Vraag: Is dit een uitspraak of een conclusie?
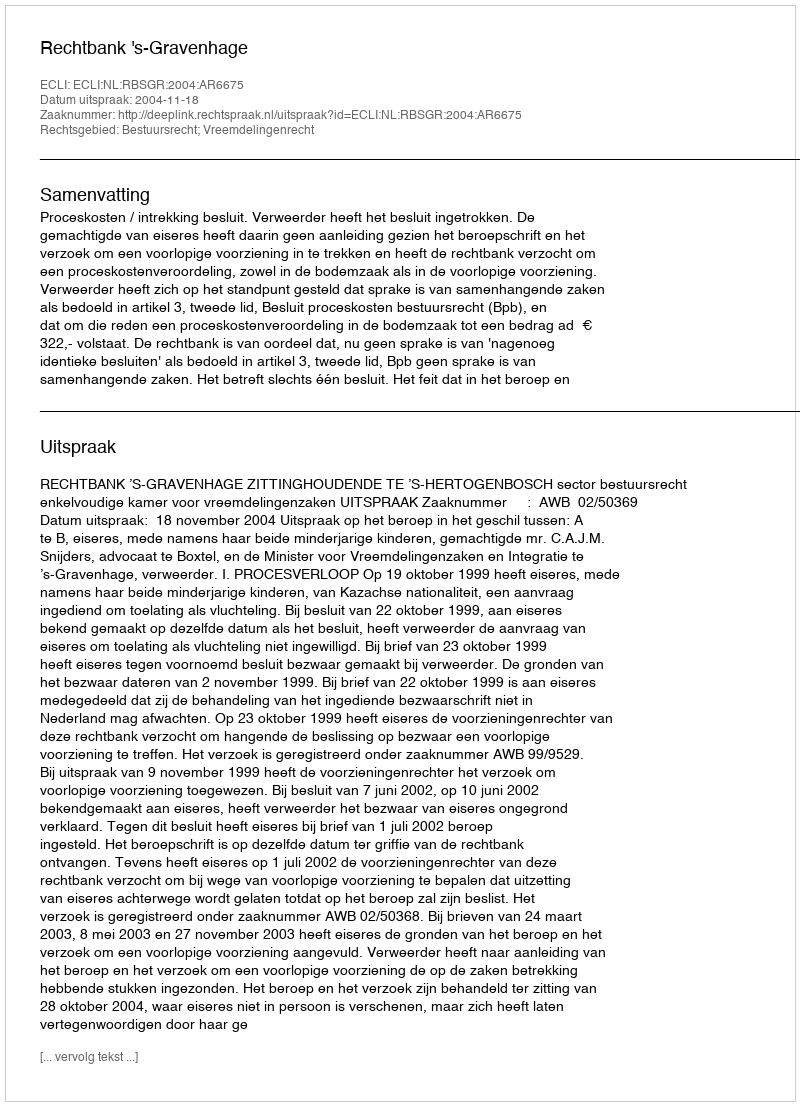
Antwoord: Uitspraak